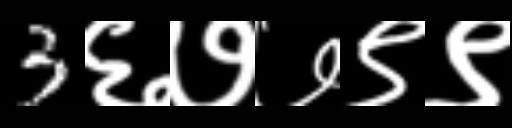
Text: 3६७७९९